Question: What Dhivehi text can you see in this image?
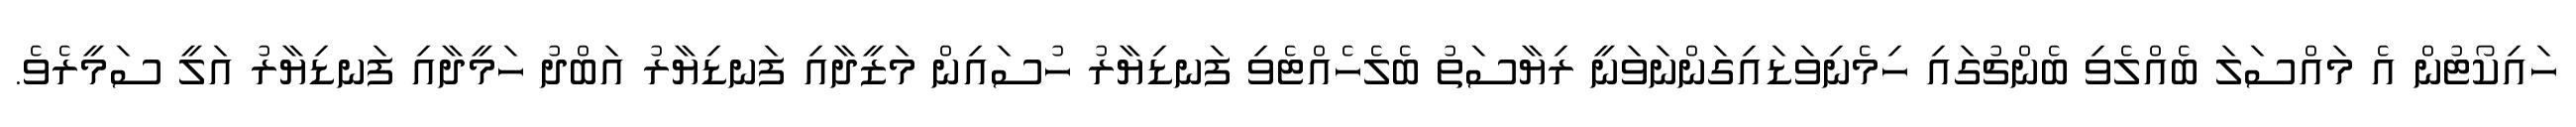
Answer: ހައިކޯޓުން އެ މައްސަލަ ބެއްލެވި ބެންޗުގައި ހިމެނިވަޑައިގަންނަވަނީ ރިޔާސަތު ބެލެހެއްޓެވި ފަނޑިޔާރު ހުސައިން މަޒީދާއި ފަނޑިޔާރު އަބްދު ހަމީދާއި ފަނޑިޔާރު އަލީ ސަމީރެވެ.